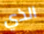
الذي